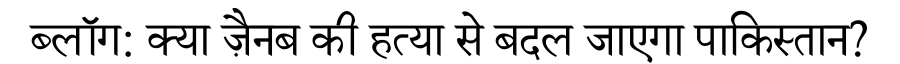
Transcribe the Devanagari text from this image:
ब्लॉग: क्या ज़ैनब की हत्या से बदल जाएगा पाकिस्तान?